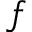
f